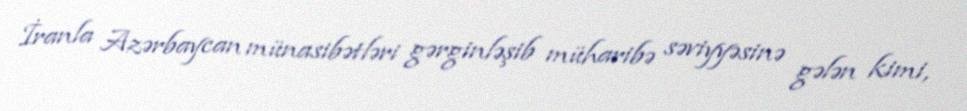
İranla Azərbaycan münasibətləri gərginləşib müharibə səviyyəsinə gələn kimi,